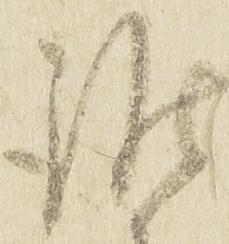
誰